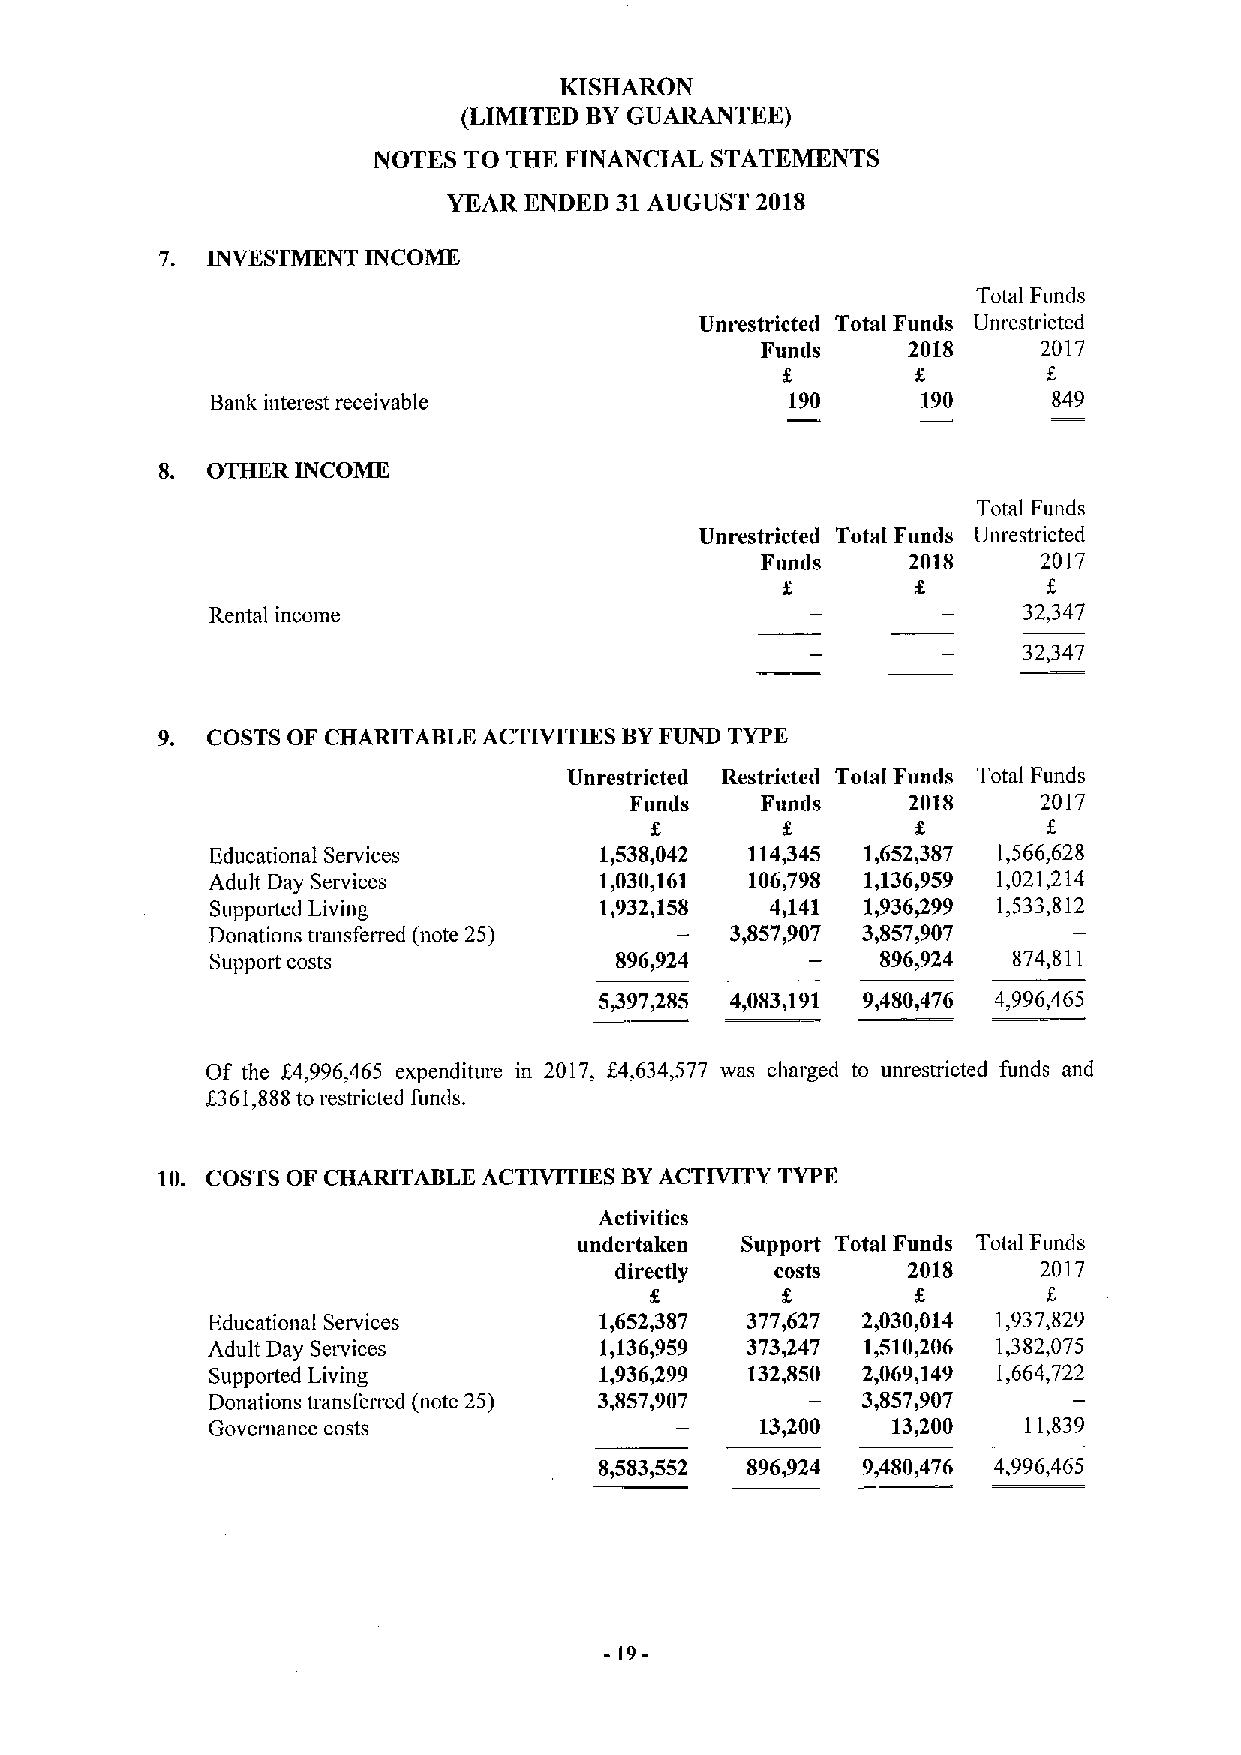
KISHARON
 (LIMITED BYGUARANTEE)
 NOTES TO THE FINANCIAL STATEMENTS
 YEAR ENDED 31AUGUST 2018
 7. INVKSTMKNT INCOME
 Total Funds
 Unrestricted Total Funds Unrestricted
 Furuls    2018     2017
 f.
 Bank interest receivable              190      190      849
 S. OTHER INCOME
 Total Funds
 Unrestricted Total Funds Unrestricted
 Funds     2018     2017
 f
 Rental income                                         32,347
 32,347
 9.  COSTS OF CHARITABLE ACTIVITIES BYFUND TYPE
 Unrestricted Restricted Total Funds Total Funds
 Funds   Funds     2018     2017
 Educational Services      1,538,042 114,345 1,652,387 1,566,628
 Adult Day Services        1,030,161 106,798 1,136,959 1,021,214
 Supported Living          1,932,158  4,141 1,936499 1,533,812
 Donations transferred (note 25)   3,857,907 3,857,907
 Support costs              896,924          896&924  874,811
 5497485 4,083,191 9,480,476 4,996,465
 Of the f4,996,465 expenditure in 2017, f4,634,577 was charged to unrestricted funds and
 f361,SSSto
 restricted funds.
 10. COSTS OF CHARITABLE ACTIVITIES BYACTIVITY TYPE
 Activities
 undertaken Support Total Funds Total Funds
 directly  costs    2018     2017
 f
 Educational Services      1,652,387 377,627 2,030,014 1,937,829
 Adult Day Services        1,136,959 373,247 1,510,206 1,382,075
 Supported Living          1,936)299 132,850 2,069,149 1,664,722
 Donations transferred (note 25) 3,857,907  3,857)907
 Governance costs                    13,200   13,200   11,839
 8,583,552 896,924 9,480,476 4,996,465
 -19-